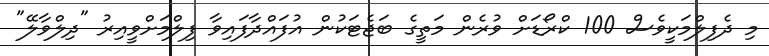
މި ދެފިލްމަކީވެސް 100 ކްރޯޑަށް ވުރެން މަތީގެ ބަޖެޓަކުން އުފައްދާފައިވާ ފިލްމަށްވީއިރު "ދިލްވާލޭ"